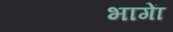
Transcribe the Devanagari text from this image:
भागाें